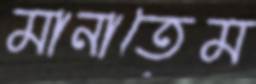
মানাতেম